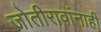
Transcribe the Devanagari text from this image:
जोतीरावांनाही